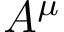
A ^ { \mu }